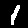
Label: 1